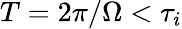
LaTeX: T=2\pi/\Omega<\tau_{i}